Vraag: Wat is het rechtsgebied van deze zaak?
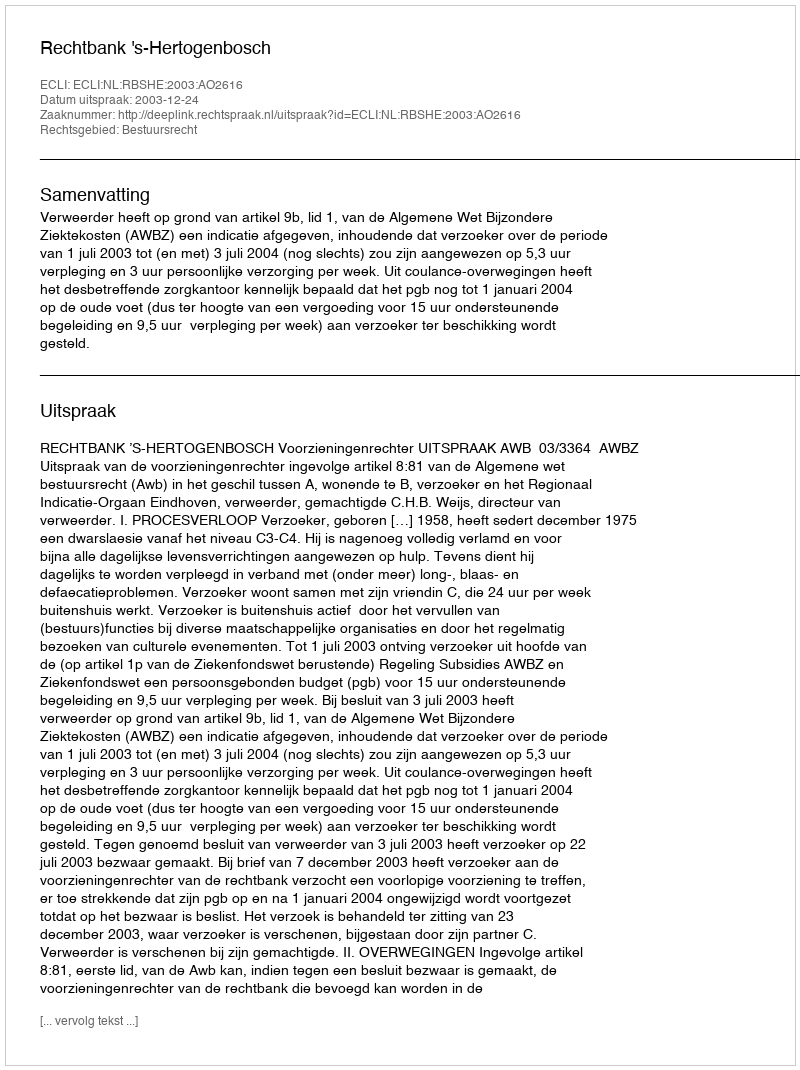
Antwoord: Bestuursrecht